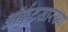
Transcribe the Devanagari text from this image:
ऑर्कुटसारख्या